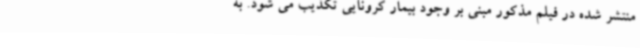
منتشر شده در فیلم مذکور مبنی بر وجود بیمار کرونایی تکذیب می شود. به